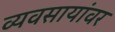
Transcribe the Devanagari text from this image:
व्यवसायांवर